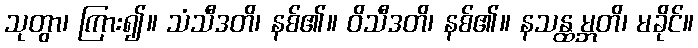
သုတွာ၊ ကြား၍။ သံသီဒတိ၊ နစ်၏။ ဝိသီဒတိ၊ နစ်၏။ နသန္ထမ္ဘတိ၊ မခိုင်။